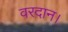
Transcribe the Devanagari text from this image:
वरदान।